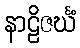
နာဠိဇင်္ဃံ